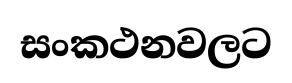
සංකථනවලට